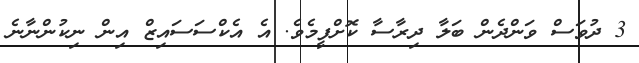
3 ދުވަސް ވަންދެން ބަލާ ދިރާސާ ކޮށްފީމެވެ. އެ އެކްސަސައިޒް އިން ނިކުންނާނެ